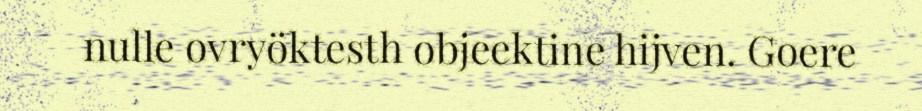
nulle ovryöktesth objeektine hijven. Goere